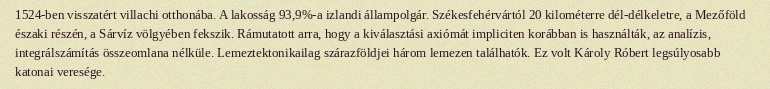
1524-ben visszatért villachi otthonába. A lakosság 93,9%-a izlandi állampolgár. Székesfehérvártól 20 kilométerre dél-délkeletre, a Mezőföld északi részén, a Sárvíz völgyében fekszik. Rámutatott arra, hogy a kiválasztási axiómát impliciten korábban is használták, az analízis, integrálszámítás összeomlana nélküle. Lemeztektonikailag szárazföldjei három lemezen találhatók. Ez volt Károly Róbert legsúlyosabb katonai veresége.